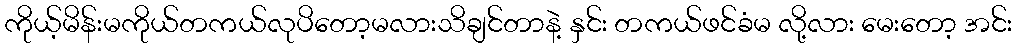
ကိုယ့်မိန်းမကိုယ်တကယ်လုပိတော့မလားသိချင်တာနဲ့ နှင်း တကယ်ဖင်ခံမ လို့လား မေးတော့ အင်း